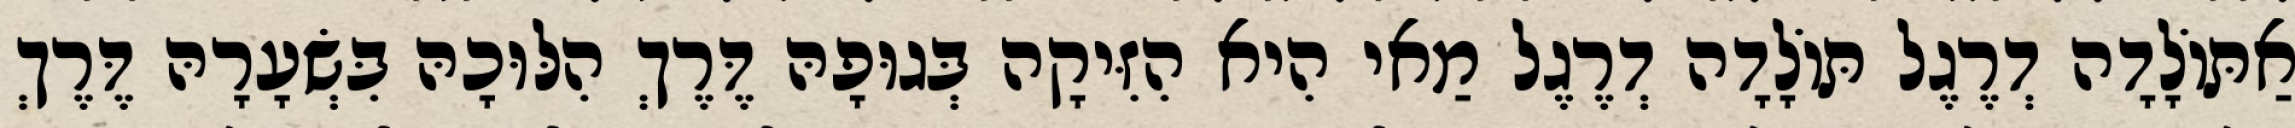
אַתּוֹלָדָה דְרֶגֶל תּוֹלָדָה דְרֶגֶל מַאי הִיא הִזִּיקָה בְּגוּפָהּ דֶּרֶךְ הִלּוּכָהּ בִּשְׂעָרָהּ דֶּרֶךְ